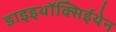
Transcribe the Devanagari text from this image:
डाइइथॉक्सिईथेन